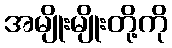
အမျိုးမျိုးတို့ကို